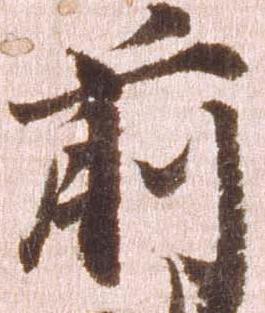
前